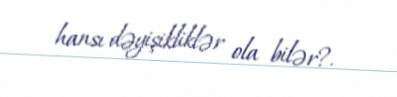
hansı dəyişikliklər ola bilər?.